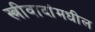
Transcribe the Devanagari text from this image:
स्त्रीवादांमधील